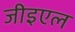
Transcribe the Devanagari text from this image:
जीइएल